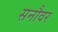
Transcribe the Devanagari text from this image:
सनौवर